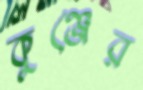
কুঞ্জের